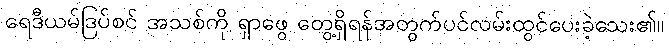
ရေဒီယမ်ဒြပ်စင် အသစ်ကို ရှာဖွေ တွေ့ရှိရန်အတွက်ပင်လမ်းထွင်ပေးခဲ့သေး၏။